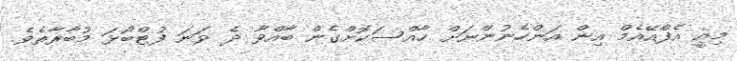
މިއީ އެފްއޭއެމް އިން އަންހެނުންނަށް ހާއްސަކޮށްގެން ބާއްވާ ދެ ވަނަ ފުޓްބޯޅަ މުބާރާތެވެ.